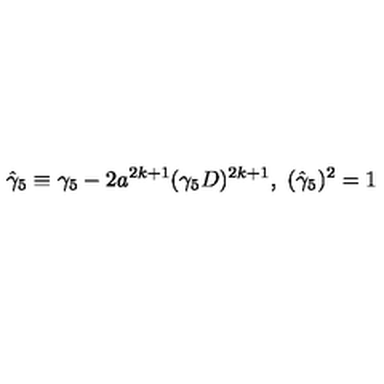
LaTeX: \hat { \gamma } _ { 5 } \equiv \gamma _ { 5 } - 2 a ^ { 2 k + 1 } ( \gamma _ { 5 } D ) ^ { 2 k + 1 } , \ ( \hat { \gamma } _ { 5 } ) ^ { 2 } = 1